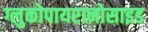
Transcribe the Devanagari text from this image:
ग्लुकोपायरानोसाइड